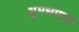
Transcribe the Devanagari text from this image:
धुमधमाल